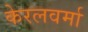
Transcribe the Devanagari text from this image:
केरलवर्मा